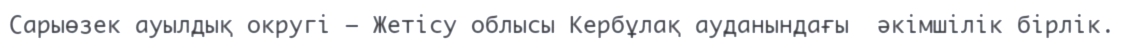
Сарыөзек ауылдық округі – Жетісу облысы Кербұлақ ауданындағы  әкімшілік бірлік.